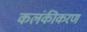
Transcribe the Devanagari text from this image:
कलंकीकरण